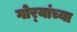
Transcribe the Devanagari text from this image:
गोर्‍यांच्या